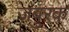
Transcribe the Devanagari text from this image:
जंबुरक